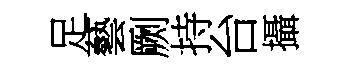
足藝劂持台攝